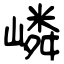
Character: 嶙